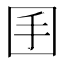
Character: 𡆺